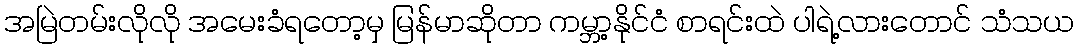
အမြဲတမ်းလိုလို အမေးခံရတော့မှ မြန်မာဆိုတာ ကမ္ဘာ့နိုင်ငံ စာရင်းထဲ ပါရဲ့လားတောင် သံသယ